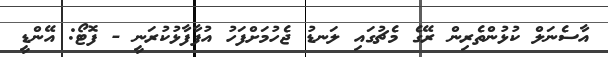
އާސެނަލް ކުޅުންތެރިން ރޭގެ މެޗުގައި ލަނޑު ޖެހުމަށްފަހު އުފާފާޅުކުރަނީ - ފޮޓޯ: އޭންޑީ